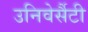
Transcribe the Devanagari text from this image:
उनिवेर्सैटी